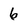
Character: 6